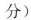
分)